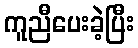
ကူညီပေးခဲ့ပြီး